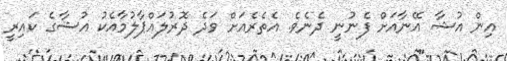
އިން އުޝާ އޭނާއަށް ފެނުނީ ދެނެވެ. އެތެރެއަށް ވަދެ ދޮރުލައްޕާލުމާއެކު އުޝާގެ ކައިރީ